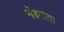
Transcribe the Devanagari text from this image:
मेंडलला